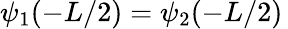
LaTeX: \psi_{1}(-L/2)=\psi_{2}(-L/2)\,